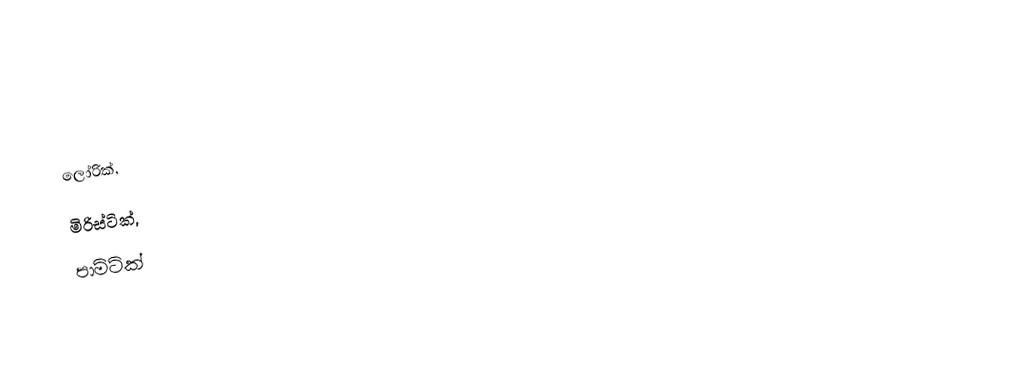
ලෝරික්,
මිරිස්ටික්,
පාම්ටික්